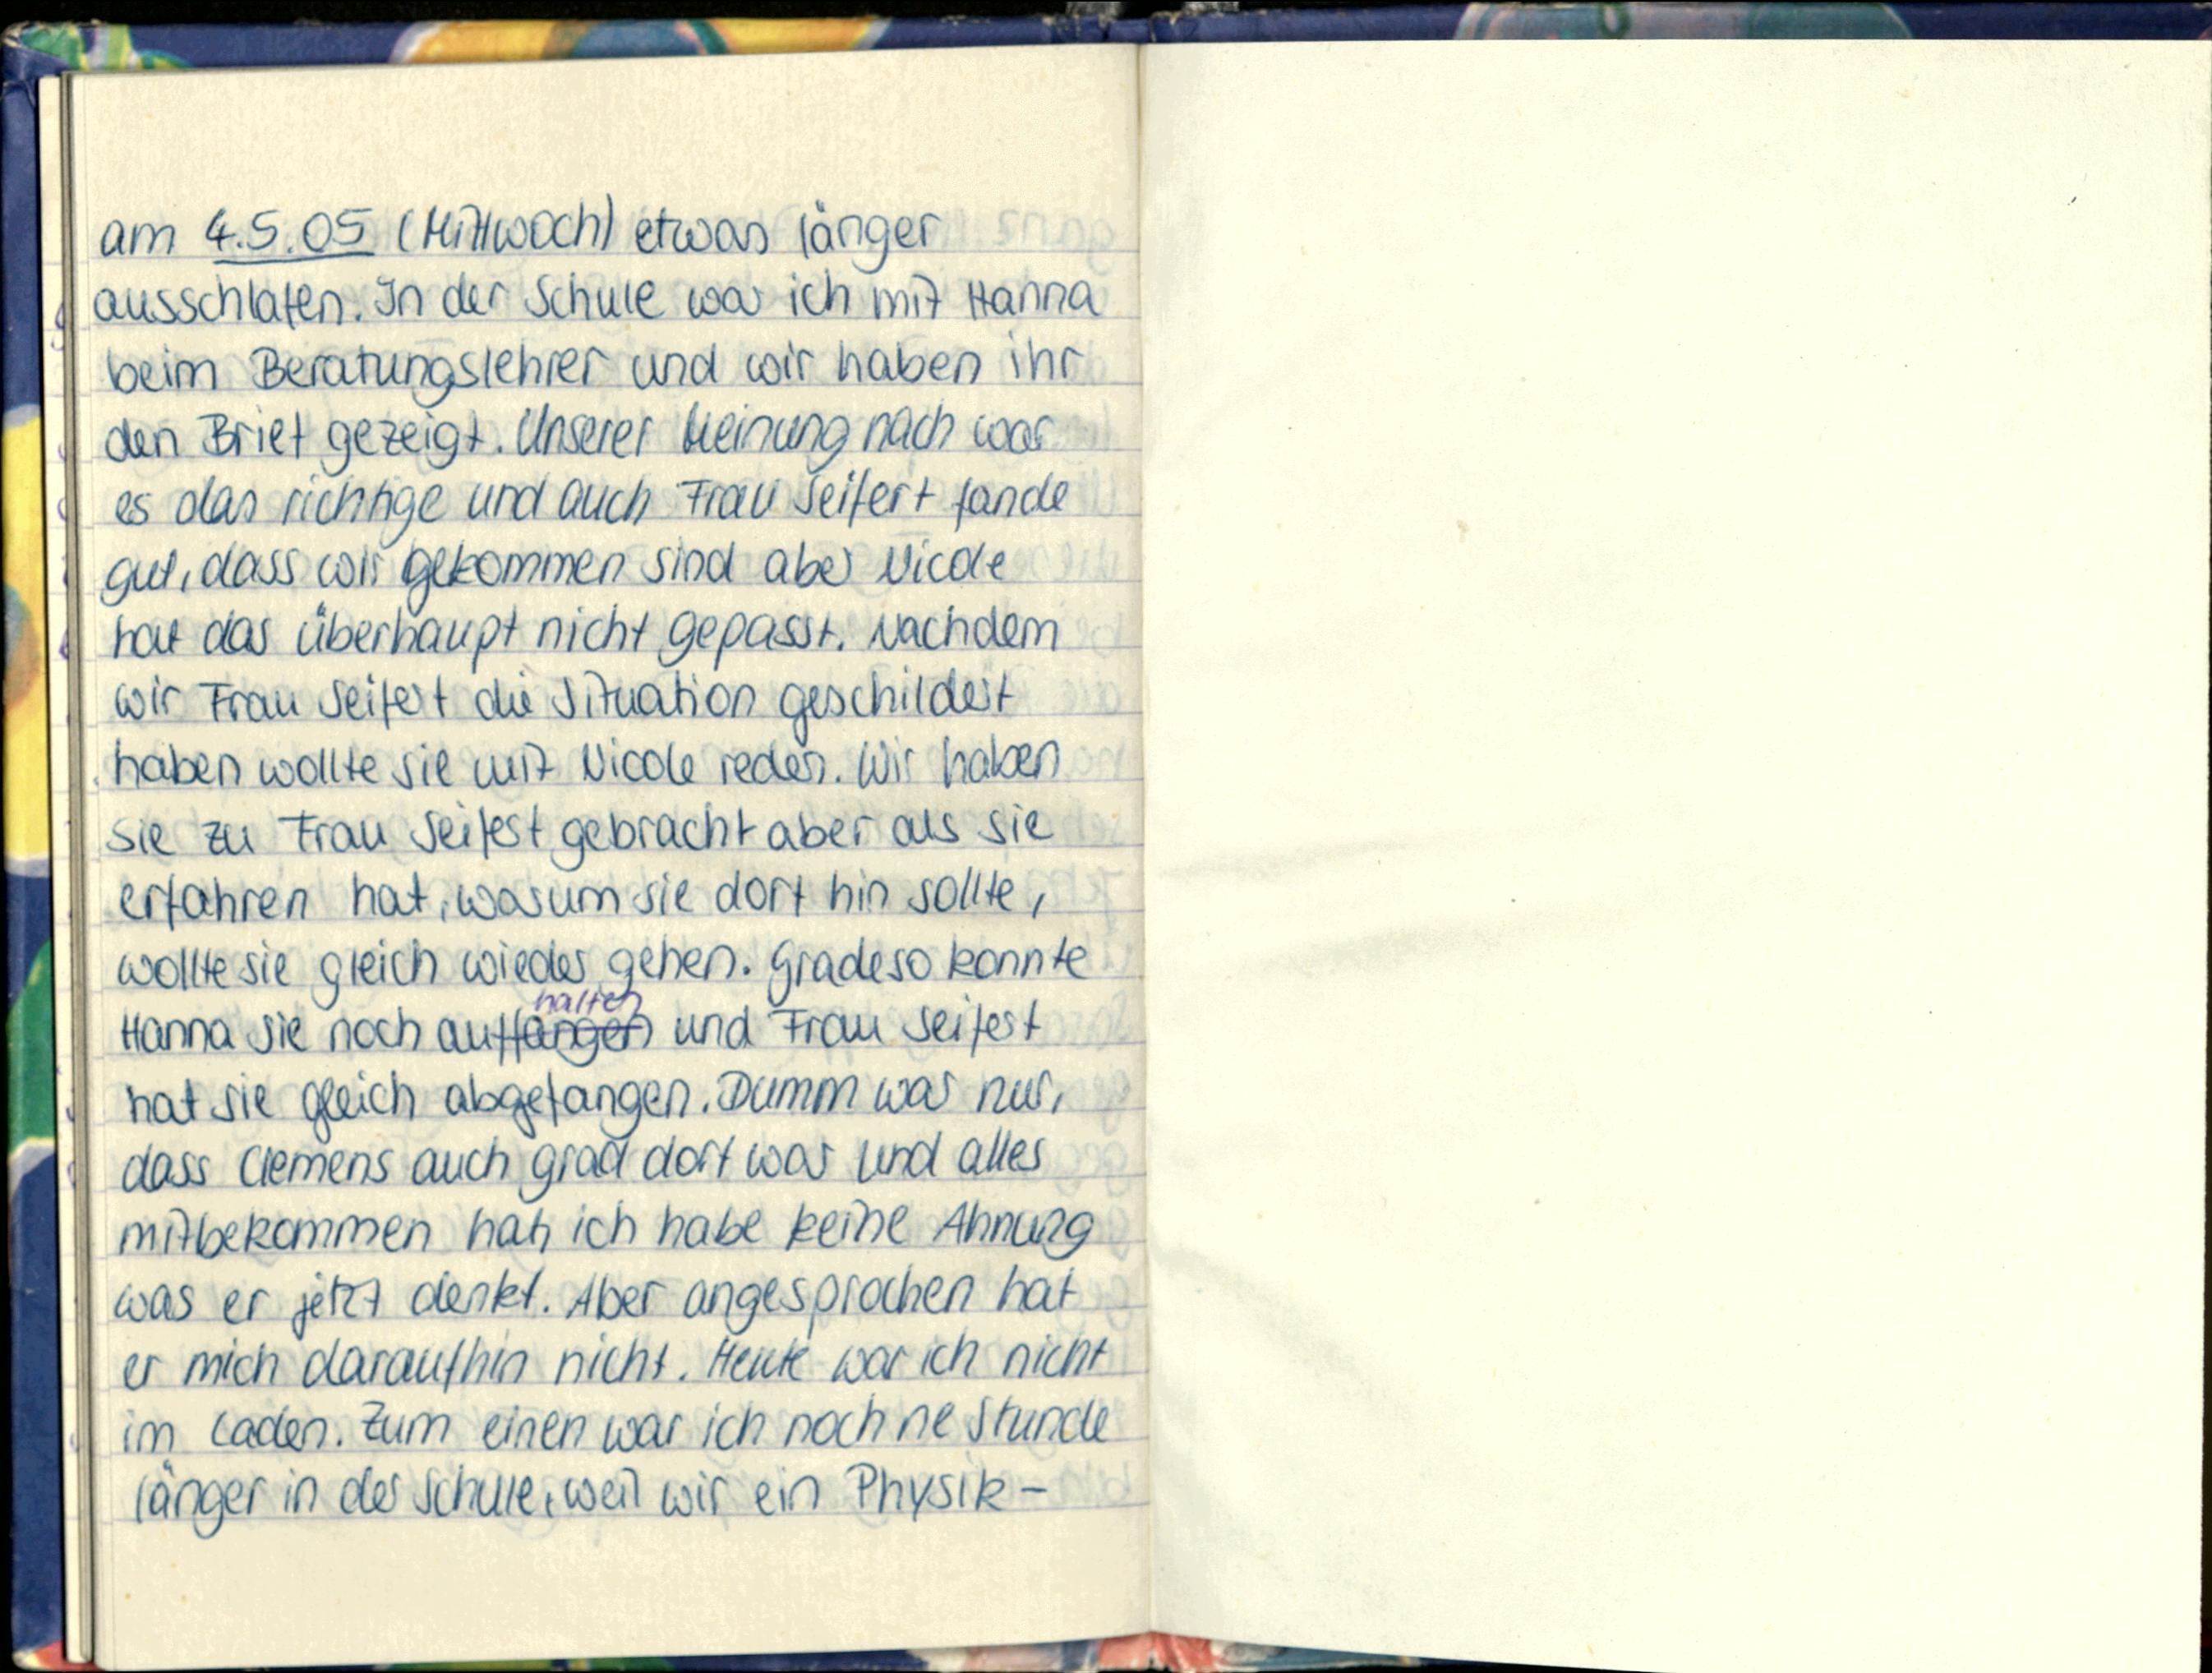
am 4.5.05 (Mittwoch) etwas länger
ausschlafen. In der Schule war ich mit Hanna
beim Beratungslehrer und wir haben ihr
den Brief gezeigt. Unserer Meinung nach war
es das richtige und auch Frau Seifert fande
gut, dass wir gekommen sind aber Nicole
hat das überhaupt nicht gepasst. Nachdem
wir Frau Seifert die Situation geschildert
haben wollte sie mit Nicole reden. Wir haben
sie zu Frau Seifert gebracht aber als sie
erfahren hat, warum sie dort hin sollte,
wollte sie gleich wieder gehen. Gradeso konnte
Hanna sie noch aufhalten und Frau Seifert
hat sie gleich abgefangen. Dumm war nur,
dass Clemens auch grad dort war und alles
mitbekommen hat, ich habe keine Ahnung
was er jetzt denkt. Aber angesprächen hat
er mich daraufhin nicht. Heute war ich nicht
im Laden. Zum einen war ich noch ne Stunde
länger in der Schule, weil wir ein Physik-